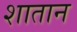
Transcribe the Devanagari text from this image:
शातान